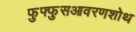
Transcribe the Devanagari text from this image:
फुफ्फुसआवरणशोथ